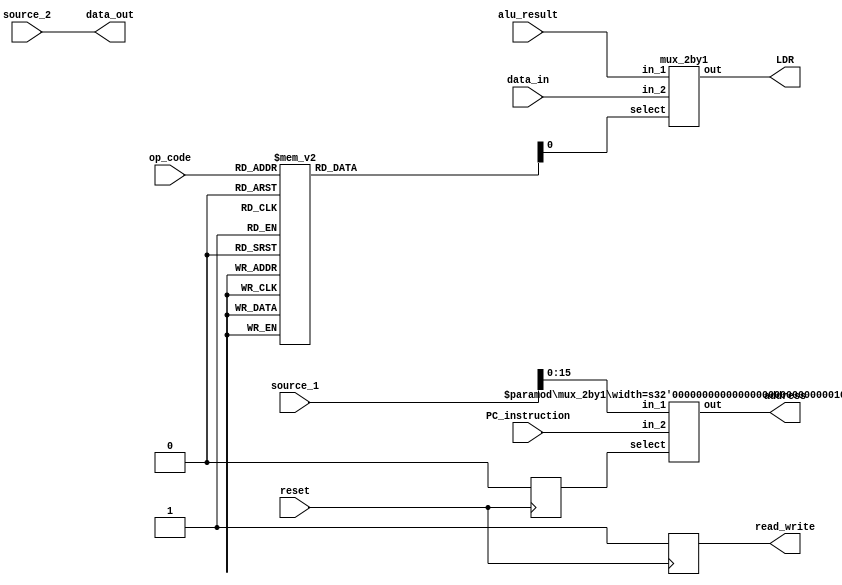
//Memory Access Block Here
//
// Instruction			Description													Op Code		Memory Access Block's Job
// ADD R1, R2, R3		(R1=R2+R3)													0000		Send ALU alu_result to LDR
// SUB R1, R2, R3		(R1=R2-R3)													0001		Send ALU alu_result to LDR
// MUL R1, R2, R3  		(R1=R2*R3) (assume the alu_result is 32-bit maximum)			0010		Send ALU alu_result to LDR
// ORR R1, R2, R3		(R1=R2 OR R3)												0011		Send ALU alu_result to LDR
// AND R1, R2, R3		(R1=R2 AND R3)												0100		Send ALU alu_result to LDR
// EOR R1, R2, R3		(R1=R2 XOR R3)												0101		Send ALU alu_result to LDR
// MOV R1, n			Initialize R1 with an immediate number n, 0 <= n<= (2^161)	0110		Send ALU alu_result to LDR
// MOV R1, R2			Copy R2 to R1												0111		Send ALU alu_result to LDR Send source_1 to LDR (need to verify if source 1 or source 2), (might be easier to just send source 1 through ALU and take it as alu_result)
// MOV R1, R2, LSR #n	(R1=R2 >>n),  1 <= n<= 31									1000		Send ALU alu_result to LDR
// MOV R1, R2, LSL #n	(R1=R2 <<n), 1 <= n<= 31									1001		Send ALU alu_result to LDR
// MOV R1, R2, ROR #n	(R1=Rotate right R2 by n-bit) , 1 <= n<= 31					1010		Send ALU alu_result to LDR
// CMP R1, R2			Compare R1 with R2 and set the status flags 				1011		Do Nothing
// ADR R1, n			Initialize R1 with a 16-bit address n, 0 <= n<= (2^161)	1100		Send ALU alu_result to LDR 
// LDR R2, [R1]			Load R2 with the contents at memory address R1				1101		Load data from ram at address(source_1), send loaded data to LDR
// STR R2, [R1]			Store R2 at memory address R1								1110		Store data source_2 at ram address(source_1)
// NOP					No Operation -Skip this instruction							1111		Do Nothing
//

// by GN
//Todo:
// retest
module memory_access_block(reset, data_in, data_out, read_write, address, LDR, source_1, source_2, alu_result, op_code, PC_instruction);
	// Inputs
	input reset;
	input [3:0] op_code;
	input [15:0] PC_instruction;
	input [31:0] source_1, source_2, alu_result, data_in;
	
	// Outputs
	output reg read_write;
	output [15:0] address;
	output [31:0] data_out, LDR;
	
	//Internal registers
	reg LDR_select;
	reg address_select;
	
	// data_out is only read by ram when read_write = 1b'0 (op cod 4b'1110)
	// so a constant assignment is ok.
	assign data_out = source_2;
	
	//muxs
	mux_2by1 LDR_mux(LDR_select, alu_result, data_in, LDR);
	mux_2by1 #(16) address_mux(address_select, source_1[15:0], PC_instruction, address);
	
	always @(negedge reset)
	begin
		if (!reset) 
		begin
			read_write = 1'b1; // Keep ram in read mode until we want to write to it.
			address_select = 1'b0; //get address from pc access
		end		
	end
	
	always @ (op_code)
	begin
		case (op_code)
			4'b0000: begin // ADD R1, R2, R3
						LDR_select = 1'b1; // Send alu_result to registers
						read_write = 1'b1; // Keep ram in read mode until we want to write to it.
						address_select = 1'b0; //get address from pc access
					end
			4'b0001:begin // SUB R1, R2, R3
						LDR_select = 1'b1;
						read_write = 1'b1;
						address_select = 1'b0;
					end
			4'b0010:begin // MUL R1, R2, R3
						LDR_select = 1'b1;
						read_write = 1'b1;
						address_select = 1'b0;
					end
			4'b0011:begin // ORR R1, R2, R3
						LDR_select = 1'b1;
						read_write = 1'b1;
						address_select = 1'b0;
					end
			4'b0100:begin // AND R1, R2, R3
						LDR_select = 1'b1;
						read_write = 1'b1;
						address_select = 1'b0;
					end
			4'b0101:begin // EOR R1, R2, R3
						LDR_select = 1'b1;
						read_write = 1'b1;
						address_select = 1'b0;
					end
			4'b0110:begin // MOV R1, n
						LDR_select = 1'b1;
						read_write = 1'b1;
						address_select = 1'b0;
					end
			4'b0111:begin // MOV R1, R2
						LDR_select = 1'b1;
						read_write = 1'b1;
						address_select = 1'b0;
					end
			4'b1000:begin // MOV R1, R2, LSR #n
						LDR_select = 1'b1;
						read_write = 1'b1;
						address_select = 1'b0;
					end
			4'b1001:begin // MOV R1, R2, LSL #n
						LDR_select = 1'b1;
						read_write = 1'b1;
						address_select = 1'b0;
					end
			4'b1010:begin // MOV R1, R2, ROR #n
						LDR_select = 1'b1;
						read_write = 1'b1;
						address_select = 1'b0;
					end
			4'b1011:begin // CMP R1, R2
						LDR_select = 1'b1; // Nothing is loaded into registers (expect alu_result z's from alu)
						read_write = 1'b1;
						address_select = 1'b0;
					end
			4'b1100:begin // ADR R1, n
						LDR_select = 1'b1;
						read_write = 1'b1;
						address_select = 1'b0;
					end
			4'b1101:begin // LDR R2, [R1]
						LDR_select = 1'b0; //Only case where ram data is loaded
						read_write = 1'b1; //Read from ram
						address_select = 1'b1;  // Get ram address from source 1
					end
			4'b1110:begin // STR R2, [R1]
						LDR_select = 1'b1; // Nothing is loaded into registers (expect alu_result z's from alu)
						read_write = 1'b0; // write to ram
						address_select = 1'b1; // Get ram address from source 1
					end
			4'b1111:begin // NOP
						LDR_select = 1'b1; // Nothing is loaded into registers (expect alu_result z's from alu)
						read_write = 1'b1;
						address_select = 1'b0;						
					end
			default:begin
						LDR_select = 1'b1; // Nothing is loaded into registers (expect alu_result z's from alu)
						read_write = 1'b1;
						address_select = 1'b0;
					end
			
		endcase
	end

endmodule


// 2 by 1 mux by GN
module mux_2by1(select, in_1, in_2, out);
	parameter width = 32;
	input select;
	input [width-1:0] in_1, in_2;
	output [width-1:0] out; 

	assign out = select ? in_1: in_2;
endmodule